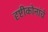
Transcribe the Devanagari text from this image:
दृष्टीकोनांचे